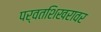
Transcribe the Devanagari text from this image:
पर्वतशिखरावर